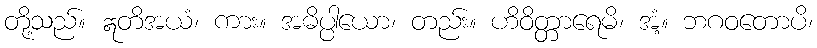
တို့သည်။ ဣတိအယံ၊ ကား။ အဓိပ္ပါယော၊ တည်း။ ဟိဝိတ္တာရေမိ၊ အံ့။ ဘဂဝတောပိ၊